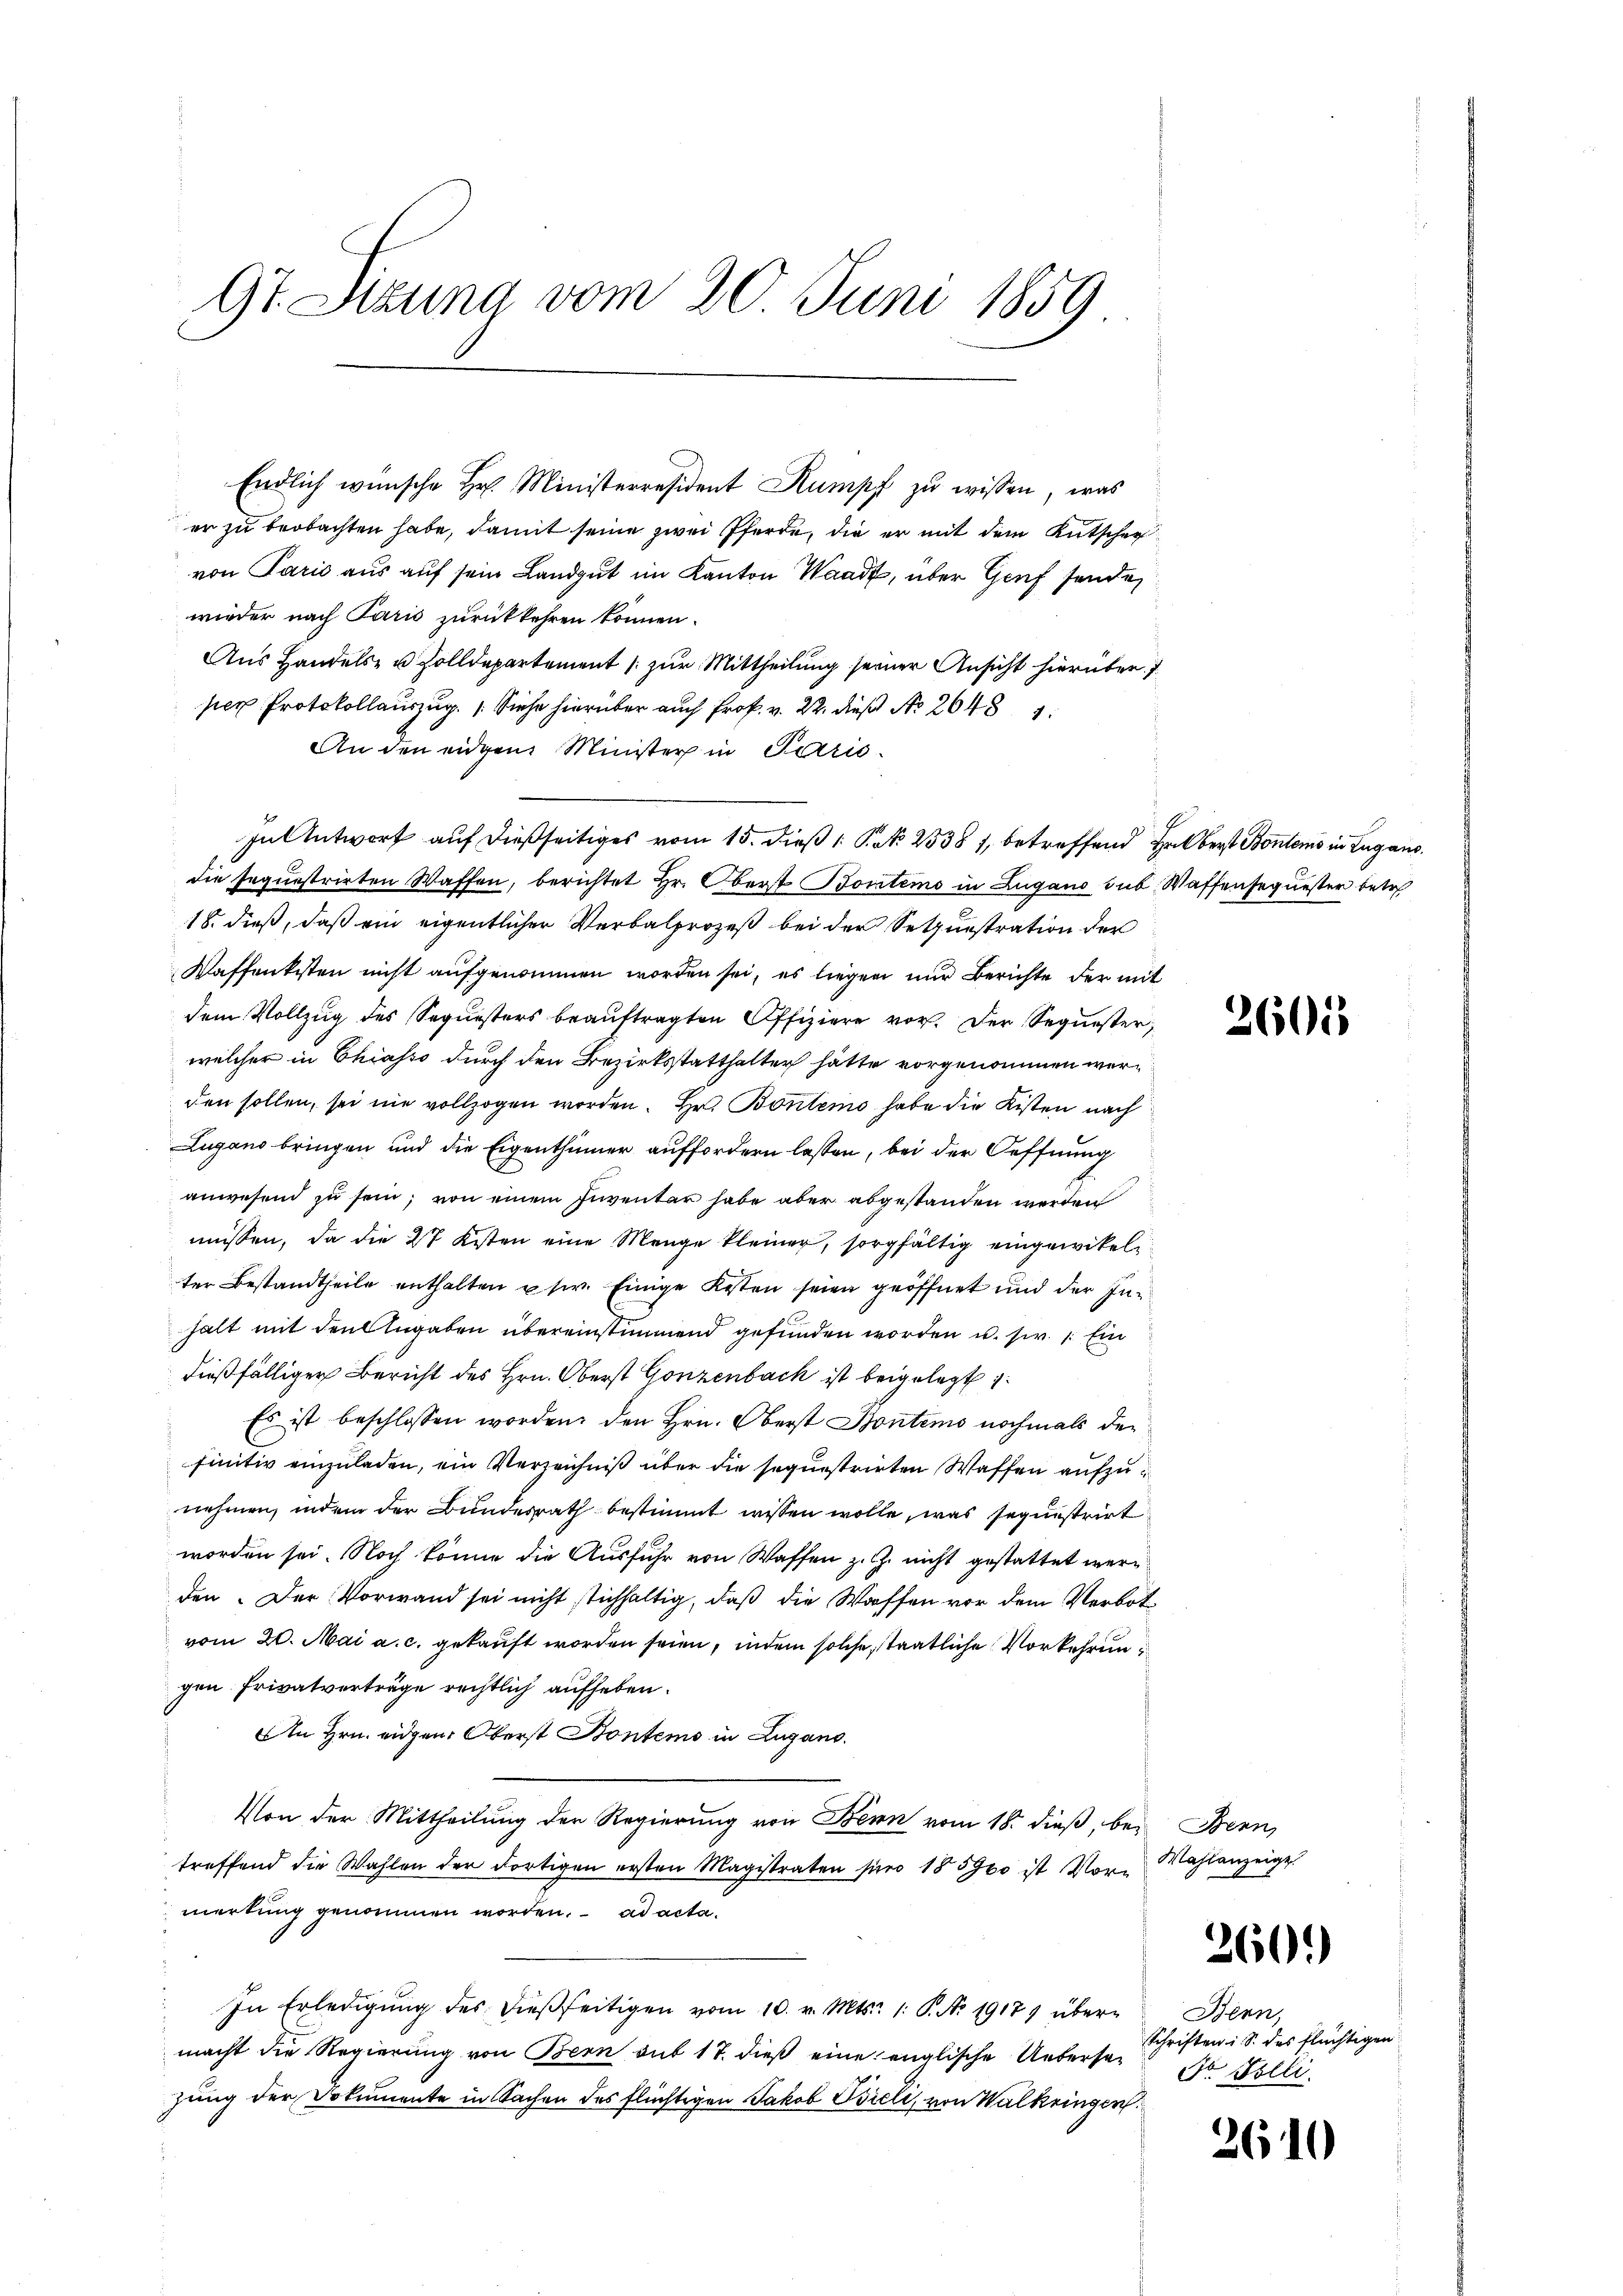
Gt. Sitzung vom 20 Juni 1859

Endlich wünsche Hr. Ministerresident Rumpf zu wissen, was
er zu beobachten habe, damit seine zwei Pferde, die er mit dem Kutscher
von Paris aus auf sein Landgut im Kanton Waadt, über Genf sende
wieder nach Paris zurückkehren können.
Aus Handels- u. Zolldepartement zur Mittheilung seiner Ansicht hierüber.
pr. Sie h. 2. die No 264
An den eidgen Minister in Paris
In Antwort auf dießseitiges vom 15. dieß 1 Pkt. 23381, betreffend Halbert Bontens in Zugano.
die sequestrirten Waffen, berichtet Hr. Oberst Bontems in Zugano sub Waffensequester betr
18. dieß, daß ein eigentlicher Verbalprozeß bei der Setzunstration der
Waffenkisten nicht aufgenommen worden sei, es liegen nur Berichte der mit
dem Vollzug des Sequesters beauftragten Offiziere vor. Der Sequester,
welcher in Chiasso durch den Bezirksstatthalter hätte vorgenommen werden sollen, sei nie vollzogen worden. Hr. Bontems habe die Kisten nach
Lugano bringen und die Eigenthümer auffordern lassen, bei der Oeffnung
anwesend zu sein; von einem Inventar habe aber abgestanden werden
müssen, da die 27 Kisten eine Menge kleiner, sorgfältig eingewikelter Bestandtheile enthalten usw. Einige Kosten seien geöffnet und der Inhalt mit den Angaben übereinstimmend gefunden worden u. sie. Ein
dießfälliger Bericht des Hrn. Oberst Gonzenbach ist beigelegt i
Es ist beschlossen worden, den Hrn. Oberst Bontemo nochmals der
finitiv einzuladen, ein Verzeichniß über die sequestrirten Waffen aufzunehmen, indem der Bundesrath bestimmt wissen wolle, was sequestrirt
worden sei. Noch könne die Ausfuhr von Waffen z. Z. nicht gestattet werden. Der Vorwand sei nicht stichhaltig, daß die Waffen vor dem Verbot
vom 20. Mai a. c. gekauft worden seien, indem solche, staatliche Vorkehrun
gen Privatverträge rechtlich aufheben.
An Hrn. eidgen. Oberst Konteme in Zugano.
Von der Mittheilung der Regierung von Bern vom 18. dieß, bei Bern
treffend die Wahlen der dortigen ersten Magistraten pro 185900 ist Vormerkung genommen worden. ad acta.
In Erledigŭng des dieβseitigen vom 10. v. Mts. 1. P. Nr. 1917 über Bern,
macht die Regierŭng von Bern mit 17. dieβ eine englische Uebersazung der Dokumente in Sachen des flüchtigen Jakob Bieli, von Walkringen.

36015

Wahlanzeige

260.

Schriften i. S. des flüchtigen
Dr. Bolli

263

1